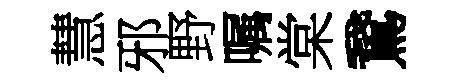
慧邪野嘱棠鵞